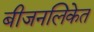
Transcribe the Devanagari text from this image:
बीजनलिकेत